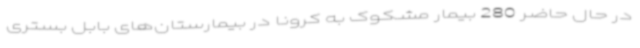
در حال حاضر 280 بیمار مشکوک به کرونا در بیمارستان‌های بابل بستری